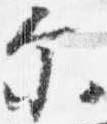
示